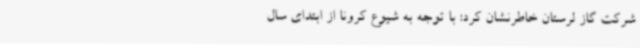
شرکت گاز لرستان خاطرنشان کرد: با توجه به شیوع کرونا از ابتدای سال